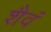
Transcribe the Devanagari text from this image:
शैवं